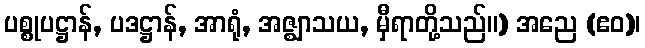
ပစ္စုပဋ္ဌာန်, ပဒဋ္ဌာန်, အာရုံ, အဇ္ဈာသယ, မှီရာတို့သည်။) အညေ (ဧဝ)၊